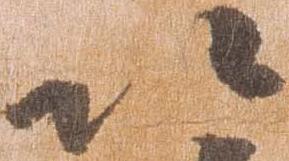
以